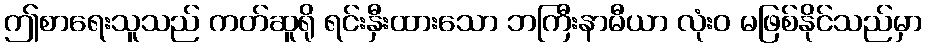
ဤစာရေးသူသည် ကတ်ဆူရို ရင်းနှီးထားသော ဘကြီးနာမီယာ လုံးဝ မဖြစ်နိုင်သည်မှာ